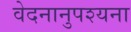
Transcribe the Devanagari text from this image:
वेदनानुपश्यना